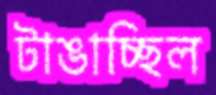
টাঙাচ্ছিল